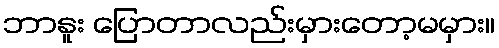
ဘာနူး ပြောတာလည်းမှားတော့မမှား။